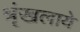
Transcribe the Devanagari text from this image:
श्रृंखलाये